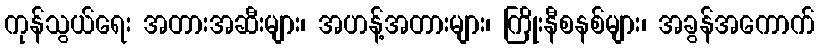
ကုန်သွယ်ရေး အတားအဆီးများ၊ အဟန့်အတားများ၊ ကြိုးနီစနစ်များ၊ အခွန်အကောက်